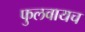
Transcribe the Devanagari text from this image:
फुलवायच